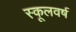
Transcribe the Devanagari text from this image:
स्कूलवर्ष